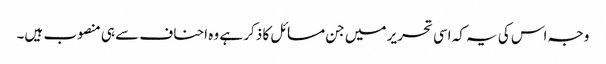
وجہ اس کی یہ کہ اسی تحریر میں جن مسائل کا ذکر ہے وہ احناف سے ہی منصوب ہیں۔